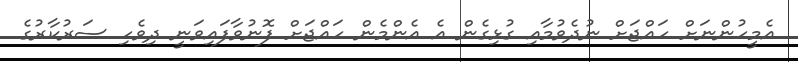
އެމީހުންނަށް ހައްޖަށް ނުދެވުމާއި ގުޅިގެން އެ އެންމެން ހައްޖަށް ފޮނުވާފައިވަނީ ދިވެހި ސަރުކާރުގެ